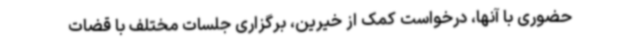
حضوری با آنها، درخواست کمک از خیرین، برگزاری جلسات مختلف با قضات